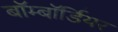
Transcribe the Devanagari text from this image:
बॉम्बॉर्डियर